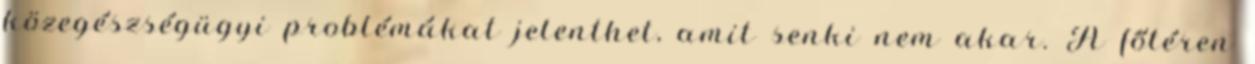
közegészségügyi problémákat jelenthet, amit senki nem akar. A főtéren